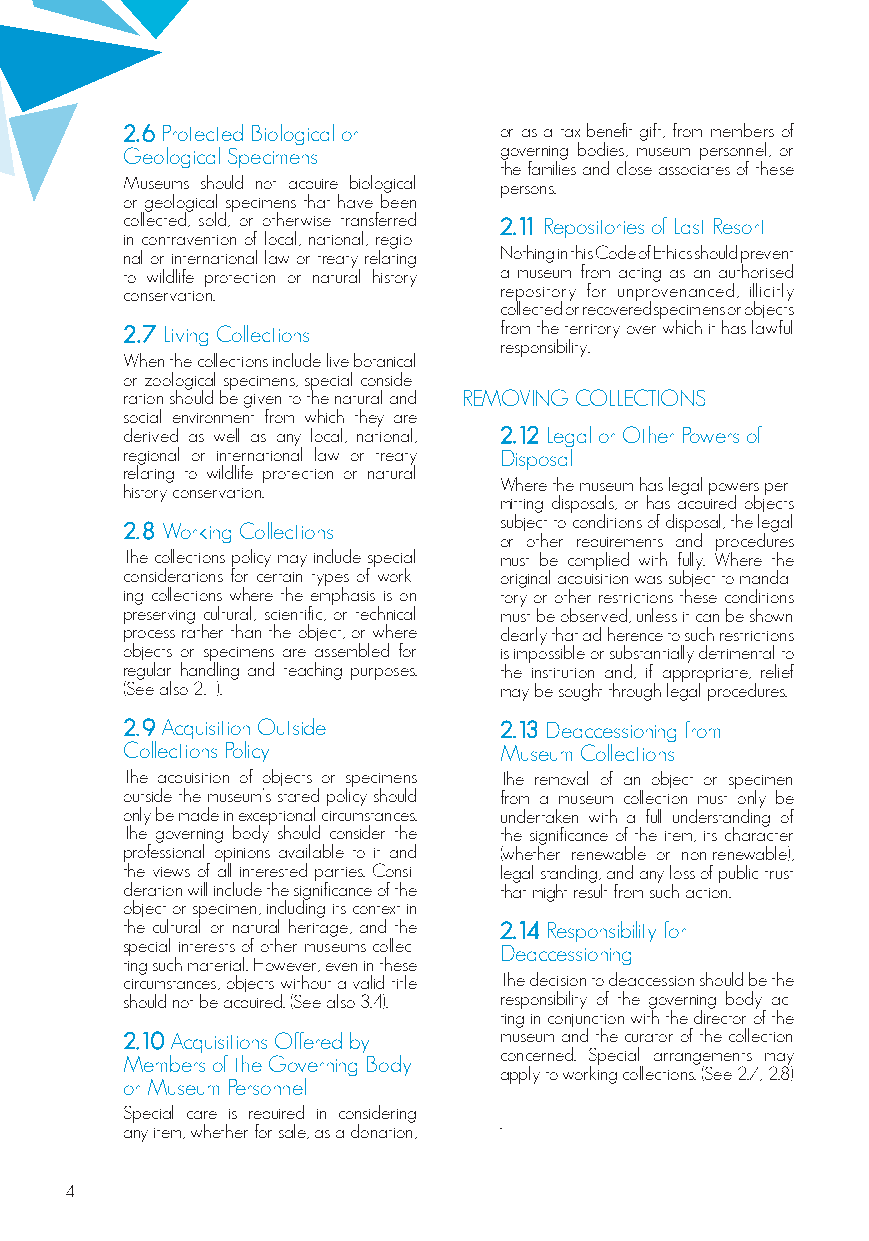
2.6 Protected Biological or or as a tax-benefit gift, from members of
 Geological Specimens     governing bodies, museum personnel, or
 the families and close associates of these
 Museums should not acquire biological persons.
 or geological specimens that have been
 collected, sold, or otherwise transferred 2.11 Repositories of Last Resort
 in contravention of local, national, regio-
 nal or international law or treaty relating Nothing in this Code of Ethics should prevent
 to wildlife protection or natural history a museum from acting as an authorised
 conservation.            repository for unprovenanced, illicitly
 collected or recovered specimens or objects
 2.7 Living Collections   from the territory over which it has lawful
 responsibility.
 When the collections include live botanical
 or zoological specimens, special conside-
 ration should be given to the natural and REMOVING COLLECTIONS
 social environment from which they are
 derived as well as any local, national, 2.12 Legal or Other Powers of
 regional or international law or treaty Disposal
 relating to wildlife protection or natural
 Where the museum has legal powers per-
 history conservation.
 mitting disposals, or has acquired objects
 subject to conditions of disposal, the legal
 2.8 Working Collections
 or other requirements and procedures
 The collections policy may include special must be complied with fully. Where the
 considerations for certain types of work- original acquisition was subject to manda-
 ing collections where the emphasis is on tory or other restrictions these conditions
 preserving cultural, scientific, or technical must be observed, unless it can be shown
 process rather than the object, or where clearly that ad-herence to such restrictions
 objects or specimens are assembled for is impossible or substantially detrimental to
 regular handling and teaching purposes. the institution and, if appropriate, relief
 (See also 2.1).          may be sought through legal procedures.
 2.9 Acquisition Outside  2.13 Deaccessioning from
 Collections Policy       Museum Collections
 The acquisition of objects or specimens The removal of an object or specimen
 outside the museum’s stated policy should from a museum collection must only be
 only be made in exceptional circumstances. undertaken with a full understanding of
 The governing body should consider the the significance of the item, its character
 professional opinions available to it and (whether renewable or non-renewable),
 the views of all interested parties. Consi- legal standing, and any loss of public trust
 deration will include the significance of the that might result from such action.
 object or specimen, including its context in
 the cultural or natural heritage, and the 2.14 Responsibility for
 special interests of other museums collec- Deaccessioning
 ting such material. However, even in these
 circumstances, objects without a valid title The decision to deaccession should be the
 should not be acquired. (See also 3.4). responsibility of the governing body ac-
 ting in conjunction with the director of the
 2.10 Acquisitions Offered by museum and the curator of the collection
 concerned. Special arrangements may
 Members of the Governing Body
 apply to working collections. (See 2.7; 2.8)
 or Museum Personnel
 Special care is required in considering
 .
 any item, whether for sale, as a donation,
 4